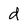
Character: d